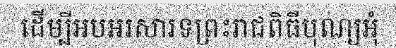
ដើម្បីអបអរសារទព្រះរាជពិធីបុណ្យអុំ